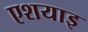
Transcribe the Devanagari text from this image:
एशयाइ